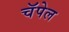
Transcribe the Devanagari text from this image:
चॅपेल